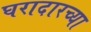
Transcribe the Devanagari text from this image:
घरादारच्या